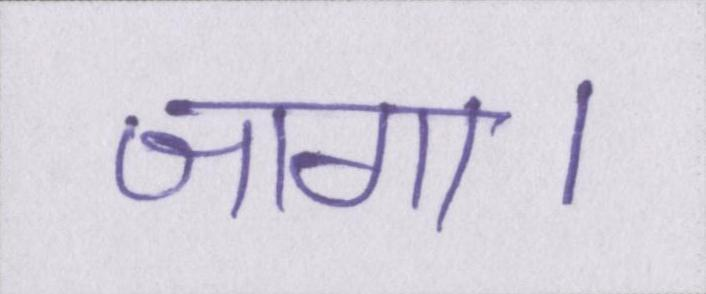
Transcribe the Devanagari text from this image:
जागा।